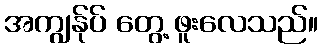
အကျွန်ုပ် တွေ့ ဖူးလေသည်။